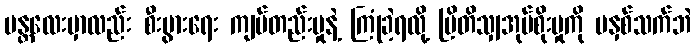
မန္တလေးမှာလည်း စီးပွားရေး ကျပ်တည်းမှုနဲ့ ကြုံခဲ့ရလို့ ဗြိတိသျှအုပ်စိုးမှုကို မနှစ်သက်ဘဲ